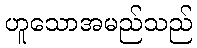
ဟူသောအမည်သည်